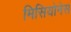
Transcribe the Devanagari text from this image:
मिसियोनेस